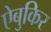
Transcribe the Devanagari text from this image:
ऐबुकिर